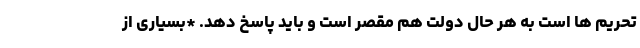
تحریم ها است به هر حال دولت هم مقصر است و باید پاسخ دهد. *بسیاری از